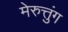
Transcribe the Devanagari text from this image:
मेरुत्तुंग